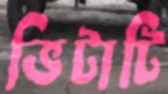
ভিটাটি